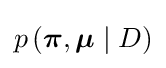
p\left({\boldsymbol {\pi }},{\boldsymbol {\mu }}\mid D\right)